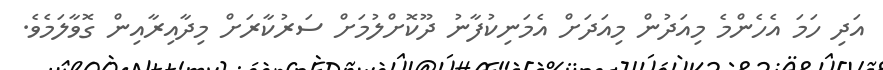
އަދި ހަމަ އެހެންމެ މިއަދުން މިއަދަށް އެމަނިކުފާނު ދޫކޮށްލުމަށް ސަރުކާރަށް މިދާއިރާއިން ގޮވާލަމެވެ.